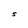
Character: S